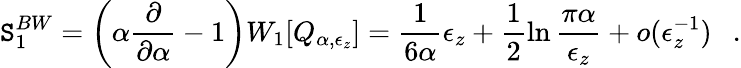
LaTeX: \mathtt{S}_{1}^{BW}=\left(\alpha{\frac{{\partial}}{{\partial\alpha}}}-1\right)W_{1}[Q_{\alpha,\epsilon_{z}}]={\frac{{1}}{{6\alpha}}}\epsilon_{z}+\frac{1}{2}\ln{\frac{{\pi\alpha}}{{\epsilon_{z}}}}+o(\epsilon_{z}^{-1})~~~.